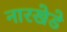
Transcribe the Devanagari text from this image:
नारखेडे